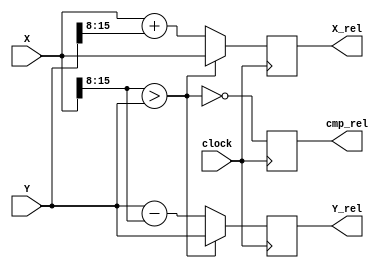
/****************************************
______________                ______________
______________ \  /\  /|\  /| ______________
______________  \/  \/ | \/ | ______________
--Module Name:  rotation_X_Y.v
--Project Name: cordic
--Data modified: 2015-09-21 14:35:34 +0800
--author:Young-
--E-mail: wmy367@Gmail.com
****************************************/
`timescale 1ns/1ps
module rotation_X_Y #(
	parameter	DSIZE	= 16,
	parameter	RNUM	= 8
)(
	input				clock		,
	input [DSIZE-1:0]	X           ,
	input [DSIZE-1:0]	Y           ,
	output[DSIZE-1:0]	X_rel       ,
	output[DSIZE-1:0]	Y_rel       ,
	output				cmp_rel
);


reg [DSIZE-1:0]	x_reg,y_reg;

wire[DSIZE-1:0]	x_shift_data	= X >> RNUM;
wire[DSIZE-1:0]	y_shift_data	= Y >> RNUM;
wire			cmp_result	;
assign			cmp_result		= !(x_shift_data > Y);

always@(posedge clock)begin
	if(cmp_result )begin
		y_reg	<= Y - x_shift_data;
		x_reg	<= X + y_shift_data;
	end else begin
		y_reg	<= Y;
		x_reg	<= X;
end end

reg 		cmp_rel_reg;

always@(posedge clock)
	cmp_rel_reg	<= cmp_result;

assign	cmp_rel	= cmp_rel_reg;
assign	X_rel	= x_reg;
assign	Y_rel	= y_reg;

endmodule